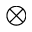
\otimes